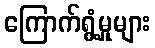
ကြောက်ရွံ့မှုများ